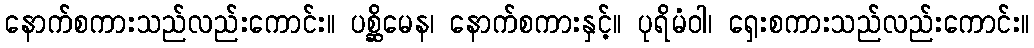
နောက်စကားသည်လည်းကောင်း။ ပစ္ဆိမေန၊ နောက်စကားနှင့်။ ပုရိမံဝါ၊ ရှေးစကားသည်လည်းကောင်း။